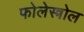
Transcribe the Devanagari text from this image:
फोलेस्त्रोल